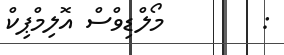
:        މޯލްޑިވްސް އޮލިމްޕިކް